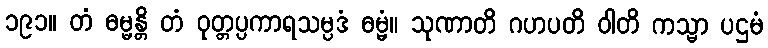
၁၉၁။ တံ ဓမ္မန္တိ တံ ဝုတ္တပ္ပကာရသမ္ပဒံ ဓမ္မံ။ သုဏာတိ ဂဟပတိ ဝါတိ ကသ္မာ ပဌမံ